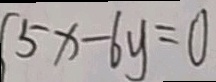
5 x - 6 y = 0